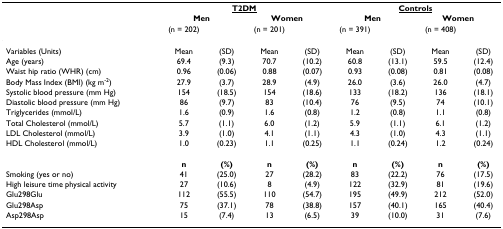
<table><thead><tr><td></td><td colspan="4"><b><underline>T2DM</underline></b></td><td colspan="4"><b><underline>Controls</underline></b></td></tr><tr><td></td><td colspan="2"><b>Men</b></td><td colspan="2"><b>Women</b></td><td colspan="2"><b>Men</b></td><td colspan="2"><b>Women</b></td></tr><tr><td></td><td><b>(n = 202)</b></td><td></td><td><b>(n = 201)</b></td><td></td><td><b>(n = 391)</b></td><td></td><td><b>(n = 408)</b></td><td></td></tr></thead><tbody><tr><td>Variables (Units)</td><td>Mean</td><td>(SD)</td><td>Mean</td><td>(SD)</td><td>Mean</td><td>(SD)</td><td>Mean</td><td>(SD)</td></tr><tr><td>Age (years)</td><td>69.4</td><td>(9.3)</td><td>70.7</td><td>(10.2)</td><td>60.8</td><td>(13.1)</td><td>59.5</td><td>(12.4)</td></tr><tr><td>Waist hip ratio (WHR) (cm)</td><td>0.96</td><td>(0.06)</td><td>0.88</td><td>(0.07)</td><td>0.93</td><td>(0.08)</td><td>0.81</td><td>(0.08)</td></tr><tr><td>Body Mass Index (BMI) (kg m<sup>-2</sup>)</td><td>27.9</td><td>(3.7)</td><td>28.9</td><td>(4.9)</td><td>26.0</td><td>(3.6)</td><td>26.0</td><td>(4.7)</td></tr><tr><td>Systolic blood pressure (mm Hg)</td><td>154</td><td>(18.5)</td><td>154</td><td>(18.6)</td><td>133</td><td>(18.2)</td><td>136</td><td>(18.1)</td></tr><tr><td>Diastolic blood pressure (mm Hg)</td><td>86</td><td>(9.7)</td><td>83</td><td>(10.4)</td><td>76</td><td>(9.5)</td><td>74</td><td>(10.1)</td></tr><tr><td>Triglycerides (mmol/L)</td><td>1.6</td><td>(0.9)</td><td>1.6</td><td>(0.8)</td><td>1.2</td><td>(0.8)</td><td>1.1</td><td>(0.8)</td></tr><tr><td>Total Cholesterol (mmol/L)</td><td>5.7</td><td>(1.1)</td><td>6.0</td><td>(1.2)</td><td>5.9</td><td>(1.1)</td><td>6.1</td><td>(1.2)</td></tr><tr><td>LDL Cholesterol (mmol/L)</td><td>3.9</td><td>(1.0)</td><td>4.1</td><td>(1.1)</td><td>4.3</td><td>(1.0)</td><td>4.3</td><td>(1.1)</td></tr><tr><td>HDL Cholesterol (mmol/L)</td><td>1.0</td><td>(0.23)</td><td>1.1</td><td>(0.25)</td><td>1.1</td><td>(0.24)</td><td>1.2</td><td>(0.24)</td></tr><tr><td></td><td><b>n</b></td><td><b>(%)</b></td><td><b>n</b></td><td><b>(%)</b></td><td><b>n</b></td><td><b>(%)</b></td><td><b>n</b></td><td><b>(%)</b></td></tr><tr><td>Smoking (yes or no)</td><td>41</td><td>(25.0)</td><td>27</td><td>(28.2)</td><td>83</td><td>(22.2)</td><td>76</td><td>(17.5)</td></tr><tr><td>High leisure time physical activity</td><td>27</td><td>(10.6)</td><td>8</td><td>(4.9)</td><td>122</td><td>(32.9)</td><td>81</td><td>(19.6)</td></tr><tr><td>Glu298Glu</td><td>112</td><td>(55.5)</td><td>110</td><td>(54.7)</td><td>195</td><td>(49.9)</td><td>212</td><td>(52.0)</td></tr><tr><td>Glu298Asp</td><td>75</td><td>(37.1)</td><td>78</td><td>(38.8)</td><td>157</td><td>(40.1)</td><td>165</td><td>(40.4)</td></tr><tr><td>Asp298Asp</td><td>15</td><td>(7.4)</td><td>13</td><td>(6.5)</td><td>39</td><td>(10.0)</td><td>31</td><td>(7.6)</td></tr></tbody></table>